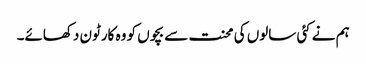
ہم نے کئی سالوں کی محنت سے بچوں کو وہ کارٹون دکھائے۔